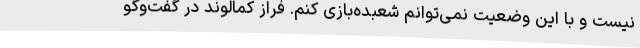
نیست و با این وضعیت نمی‌توانم شعبده‌بازی کنم. فراز کمالوند در گفت‌وگو